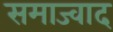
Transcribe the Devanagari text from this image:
समाज्वाद